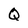
Character: Q